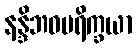
နန္ဒိဘဝပရိက္ခယာ